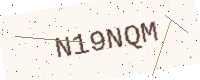
Text: N19NQM